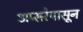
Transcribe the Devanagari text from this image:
अप्सरेपासून